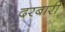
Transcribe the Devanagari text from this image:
दरबारीं